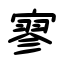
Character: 寥